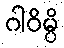
ဂါဝိမ္ပိ